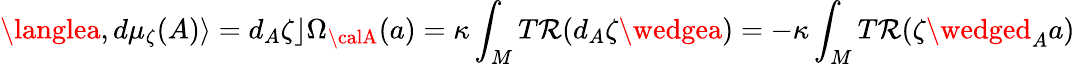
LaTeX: \langlea,d\mu_{\zeta}(A)\rangle=d_{A}\zeta\rfloor\Omega_{{\calA}}(a)=\kappa\int_{M}T\mathcal{R}(d_{A}\zeta\wedgea)=-\kappa\int_{M}T\mathcal{R}(\zeta\wedged_{A}a)